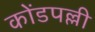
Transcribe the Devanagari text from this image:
कोंडपल्ली